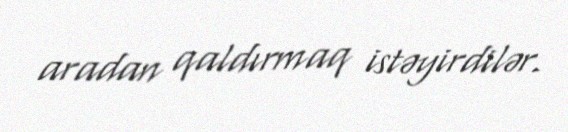
aradan qaldırmaq istəyirdilər.